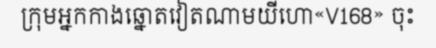
ក្រុមអ្នកកាងឆ្នោតវៀតណាមយីហោ«V168» ចុះ